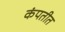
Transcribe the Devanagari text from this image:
कंपतीत